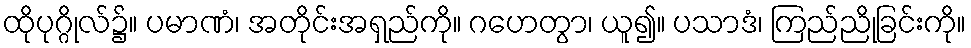
ထိုပုဂ္ဂိုလ်၌။ ပမာဏံ၊ အတိုင်းအရှည်ကို။ ဂဟေတွာ၊ ယူ၍။ ပသာဒံ၊ ကြည်ညိုခြင်းကို။